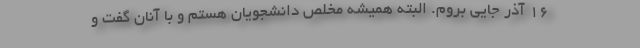
16 آذر جایی بروم. البته همیشه مخلص دانشجویان هستم و با آنان گفت و